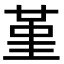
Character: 堇